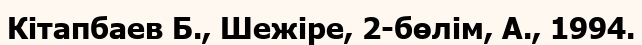
Кітапбаев Б., Шежіре, 2-бөлім, А., 1994.